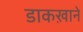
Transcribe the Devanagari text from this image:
डाकख़ाने